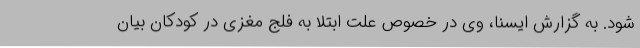
شود. به گزارش ایسنا، وی در خصوص علت ابتلا به فلج مغزی در کودکان بیان